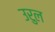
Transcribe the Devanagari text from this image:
उरुल